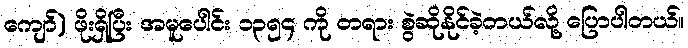
ကျော်) ဖိုးရှိပြီး အမူပေါင်း ၁၃၅၄ ကို တရား စွဲဆိုနိုင်ခဲ့တယ်လို့ ပြောပါတယ်။